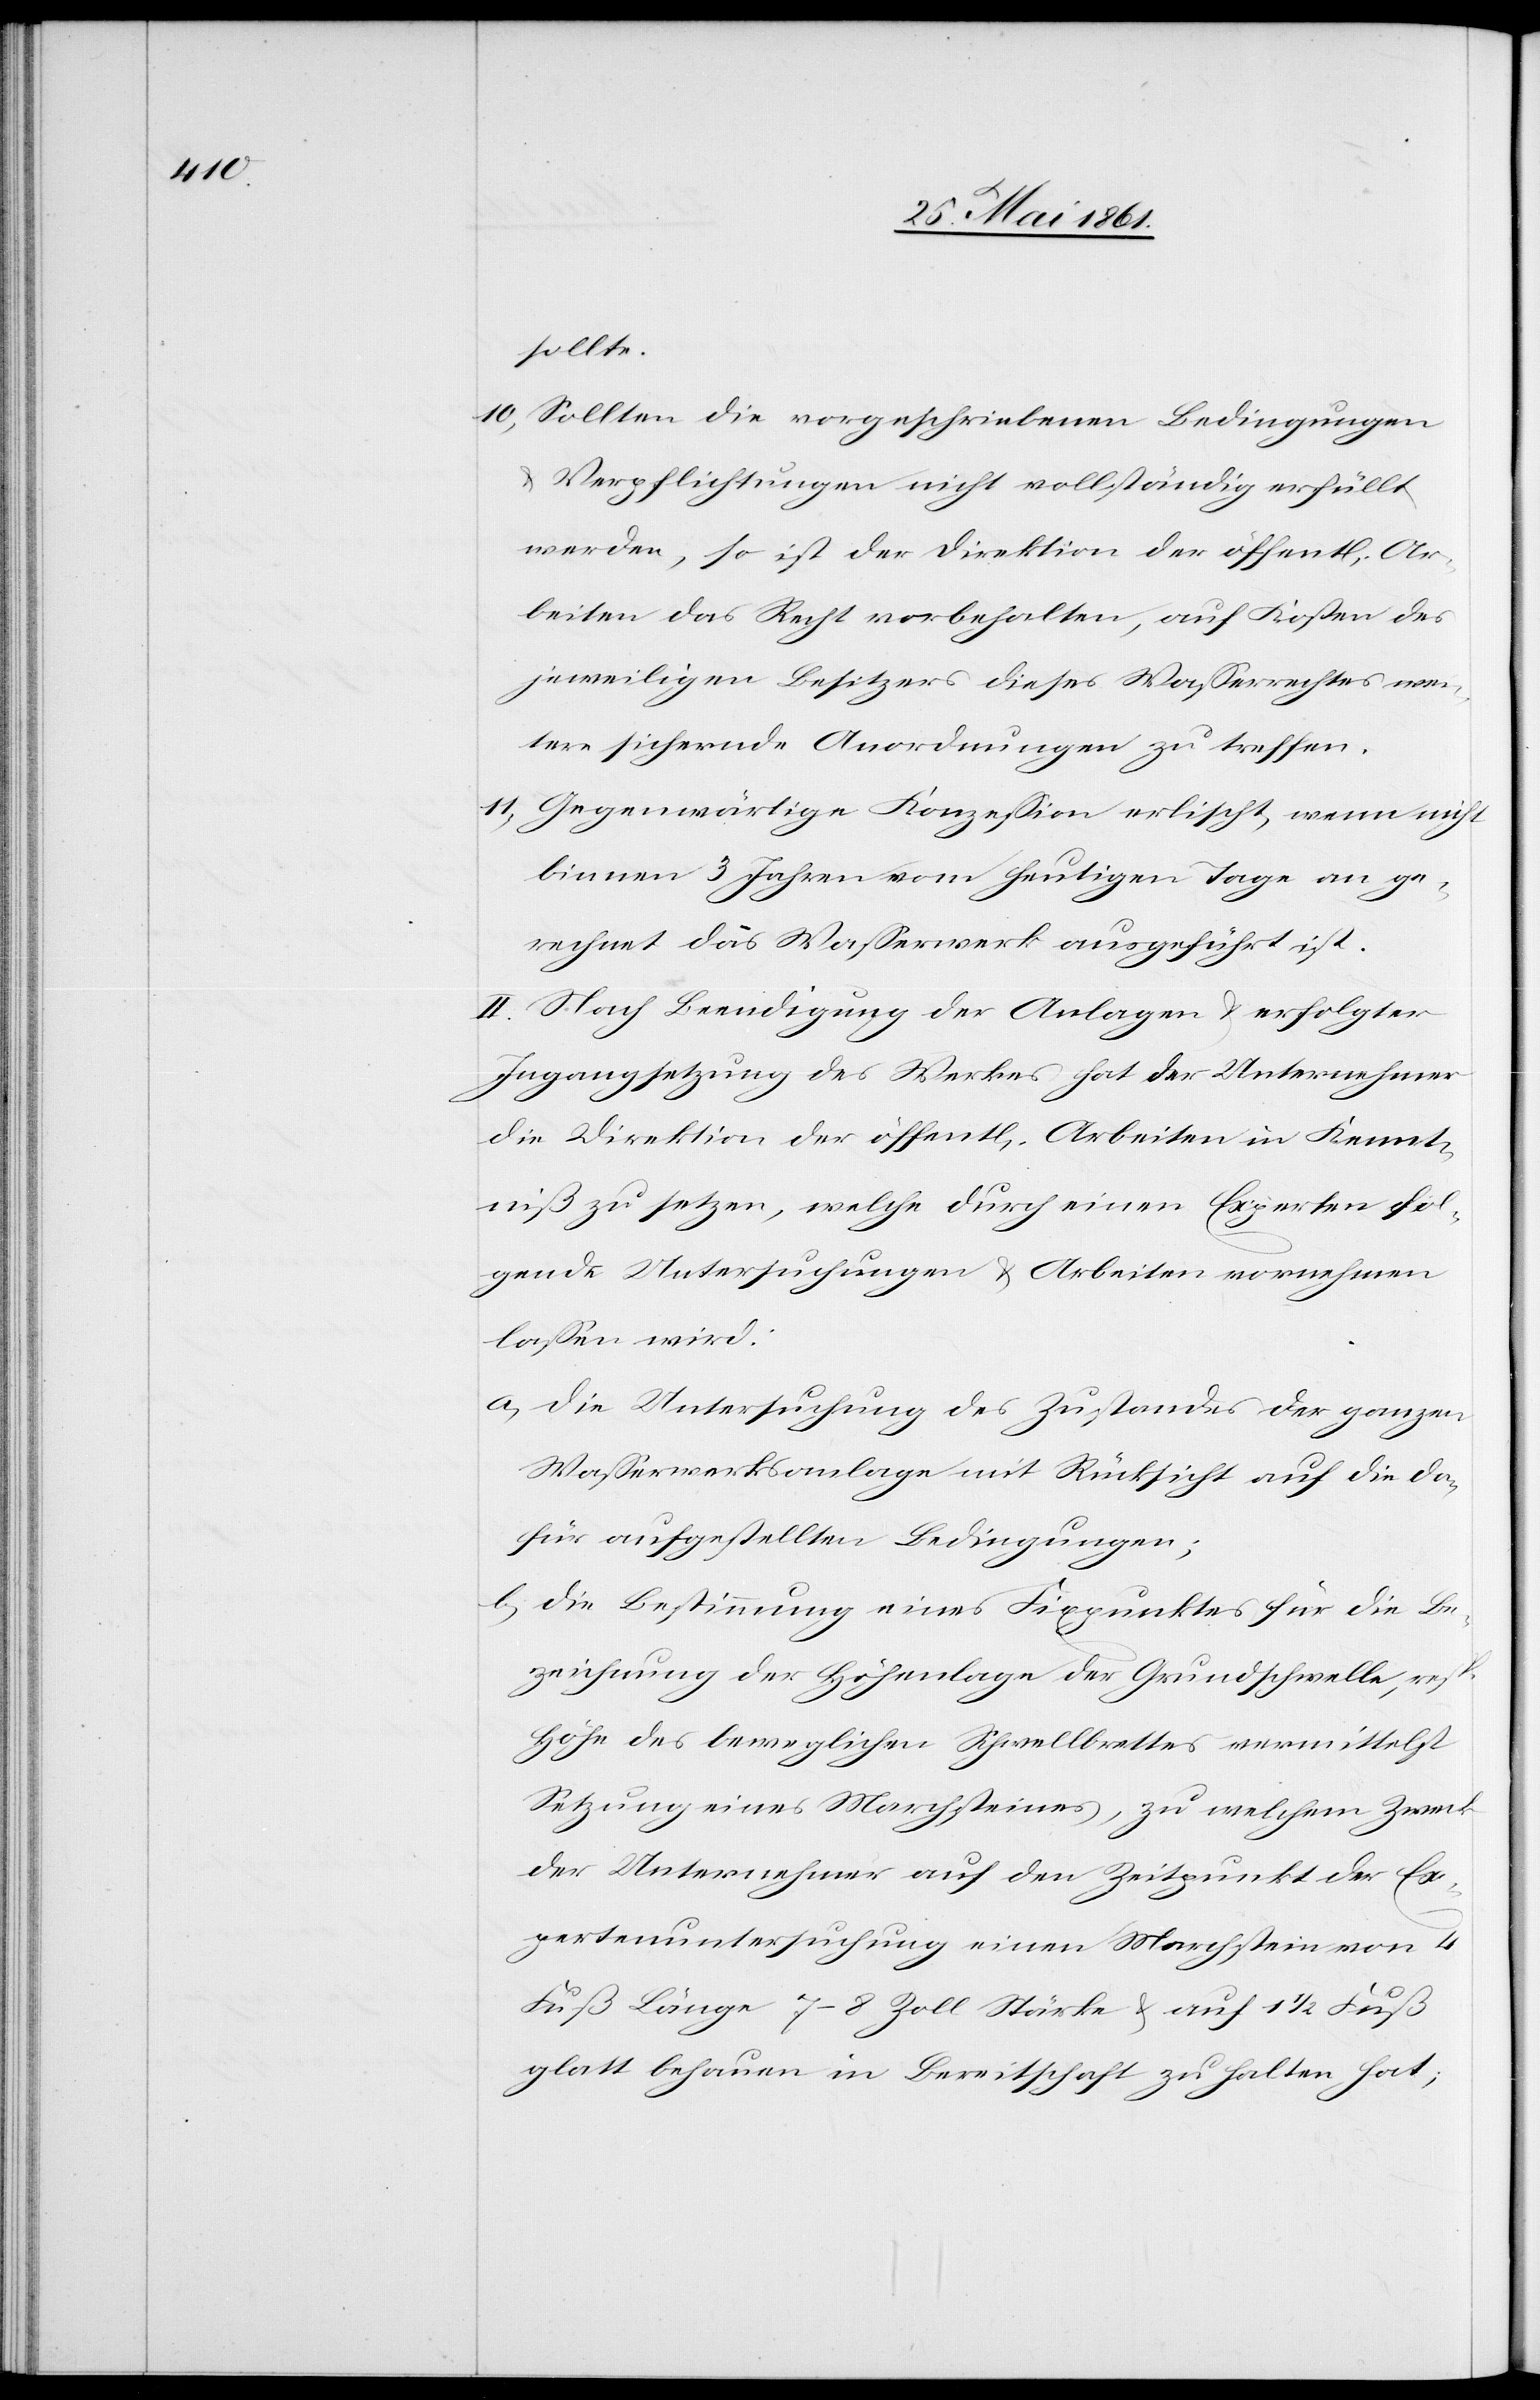
sollte
10) Sollten die vorgeschriebenen Bedingungen
Verpflichtungen nicht vollständig erfüllt
werden, so ist der Direktion der öffent[lichen] Ar¬
beiten das Recht vorbehalten, auf Kosten des
jeweiligen Besitzers dieses Wasserrechtes wei¬
tere sichernde Anordnungen zu treffen.
11) Gegenwärtige Konzession erlischt, wenn nicht
binnen 3 Jahren vom heutigen Tage an ge¬
rechnet das Wasserwerk ausgeführt ist.
II. Nach Beendigung der Anlagen u. erfolgter
Ingangsetzung des Werkes hat der Unternehmer
die Direktion der öffent[lichen] Arbeiten in Kennt¬
niß zu setzen, welche durch einen Experten fol¬
gende Untersuchungen u. Arbeiten vornehmen
lassen wird:
a. Die Untersuchung des Zustandes der ganzen
Wasserwerksanlage mit Rücksicht auf die da¬
für aufgestellten Bedingungen;
b. Die Bestimmung eines Fixpunktes für die Be¬
zeichnung der Höhenlage der Grundschwelle, resp.
Höhe des beweglichen Schwellbrettes vermittelst
Setzung eines Marchsteines, zu welchem Zweck
der Unternehmer auf den Zeitpunkt der Ex¬
pertenuntersuchung einen Marchstein von 4
Fuß Länge[,] 7–8 Zoll Stärke u. auf 1 1/2 Fuß
glatt behauen in Bereitschaft zu halten hat;